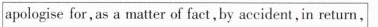
apologise for, as a matter of fact,by accident,in return.